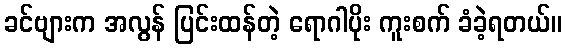
ခင်ဗျားက အလွန် ပြင်းထန်တဲ့ ရောဂါပိုး ကူးစက် ခံခဲ့ရတယ်။